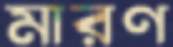
মারণ